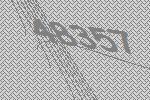
48357